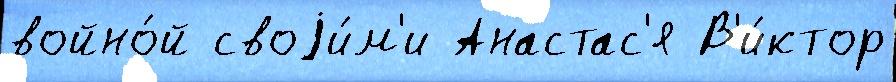
войно́й своjи́м'и Анастас'я В'и́ктор